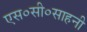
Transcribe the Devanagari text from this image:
एस०सी०साहनी